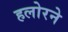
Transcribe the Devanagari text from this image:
हलोरने